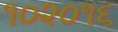
૧૦૨૦૧૬